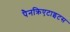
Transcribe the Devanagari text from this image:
पैनक्रिएटाइटस